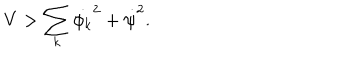
{ V > \sum _ { k } \dot { \phi _ { k } } ^ { 2 } + \dot { \psi } ^ { 2 } . }